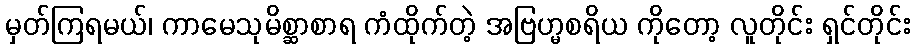
မှတ်ကြရမယ်၊ ကာမေသုမိစ္ဆာစာရ ကံထိုက်တဲ့ အဗြဟ္မစရိယ ကိုတော့ လူတိုင်း ရှင်တိုင်း